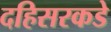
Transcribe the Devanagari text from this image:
दहिसरकडे